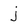
Character: j